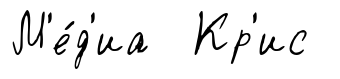
М'е́д'иа Кр'ис